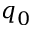
q _ { 0 }